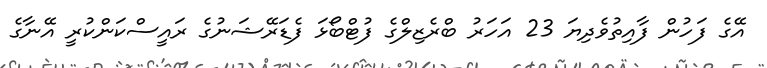
އޭގެ ފަހުން ފާއިތުވެދިޔަ 23 އަހަރު ބްރެޒިލްގެ ފުޓްބޯޅަ ފެޑަރޭޝަނުގެ ރައީސްކަންކުރީ އޭނާގެ